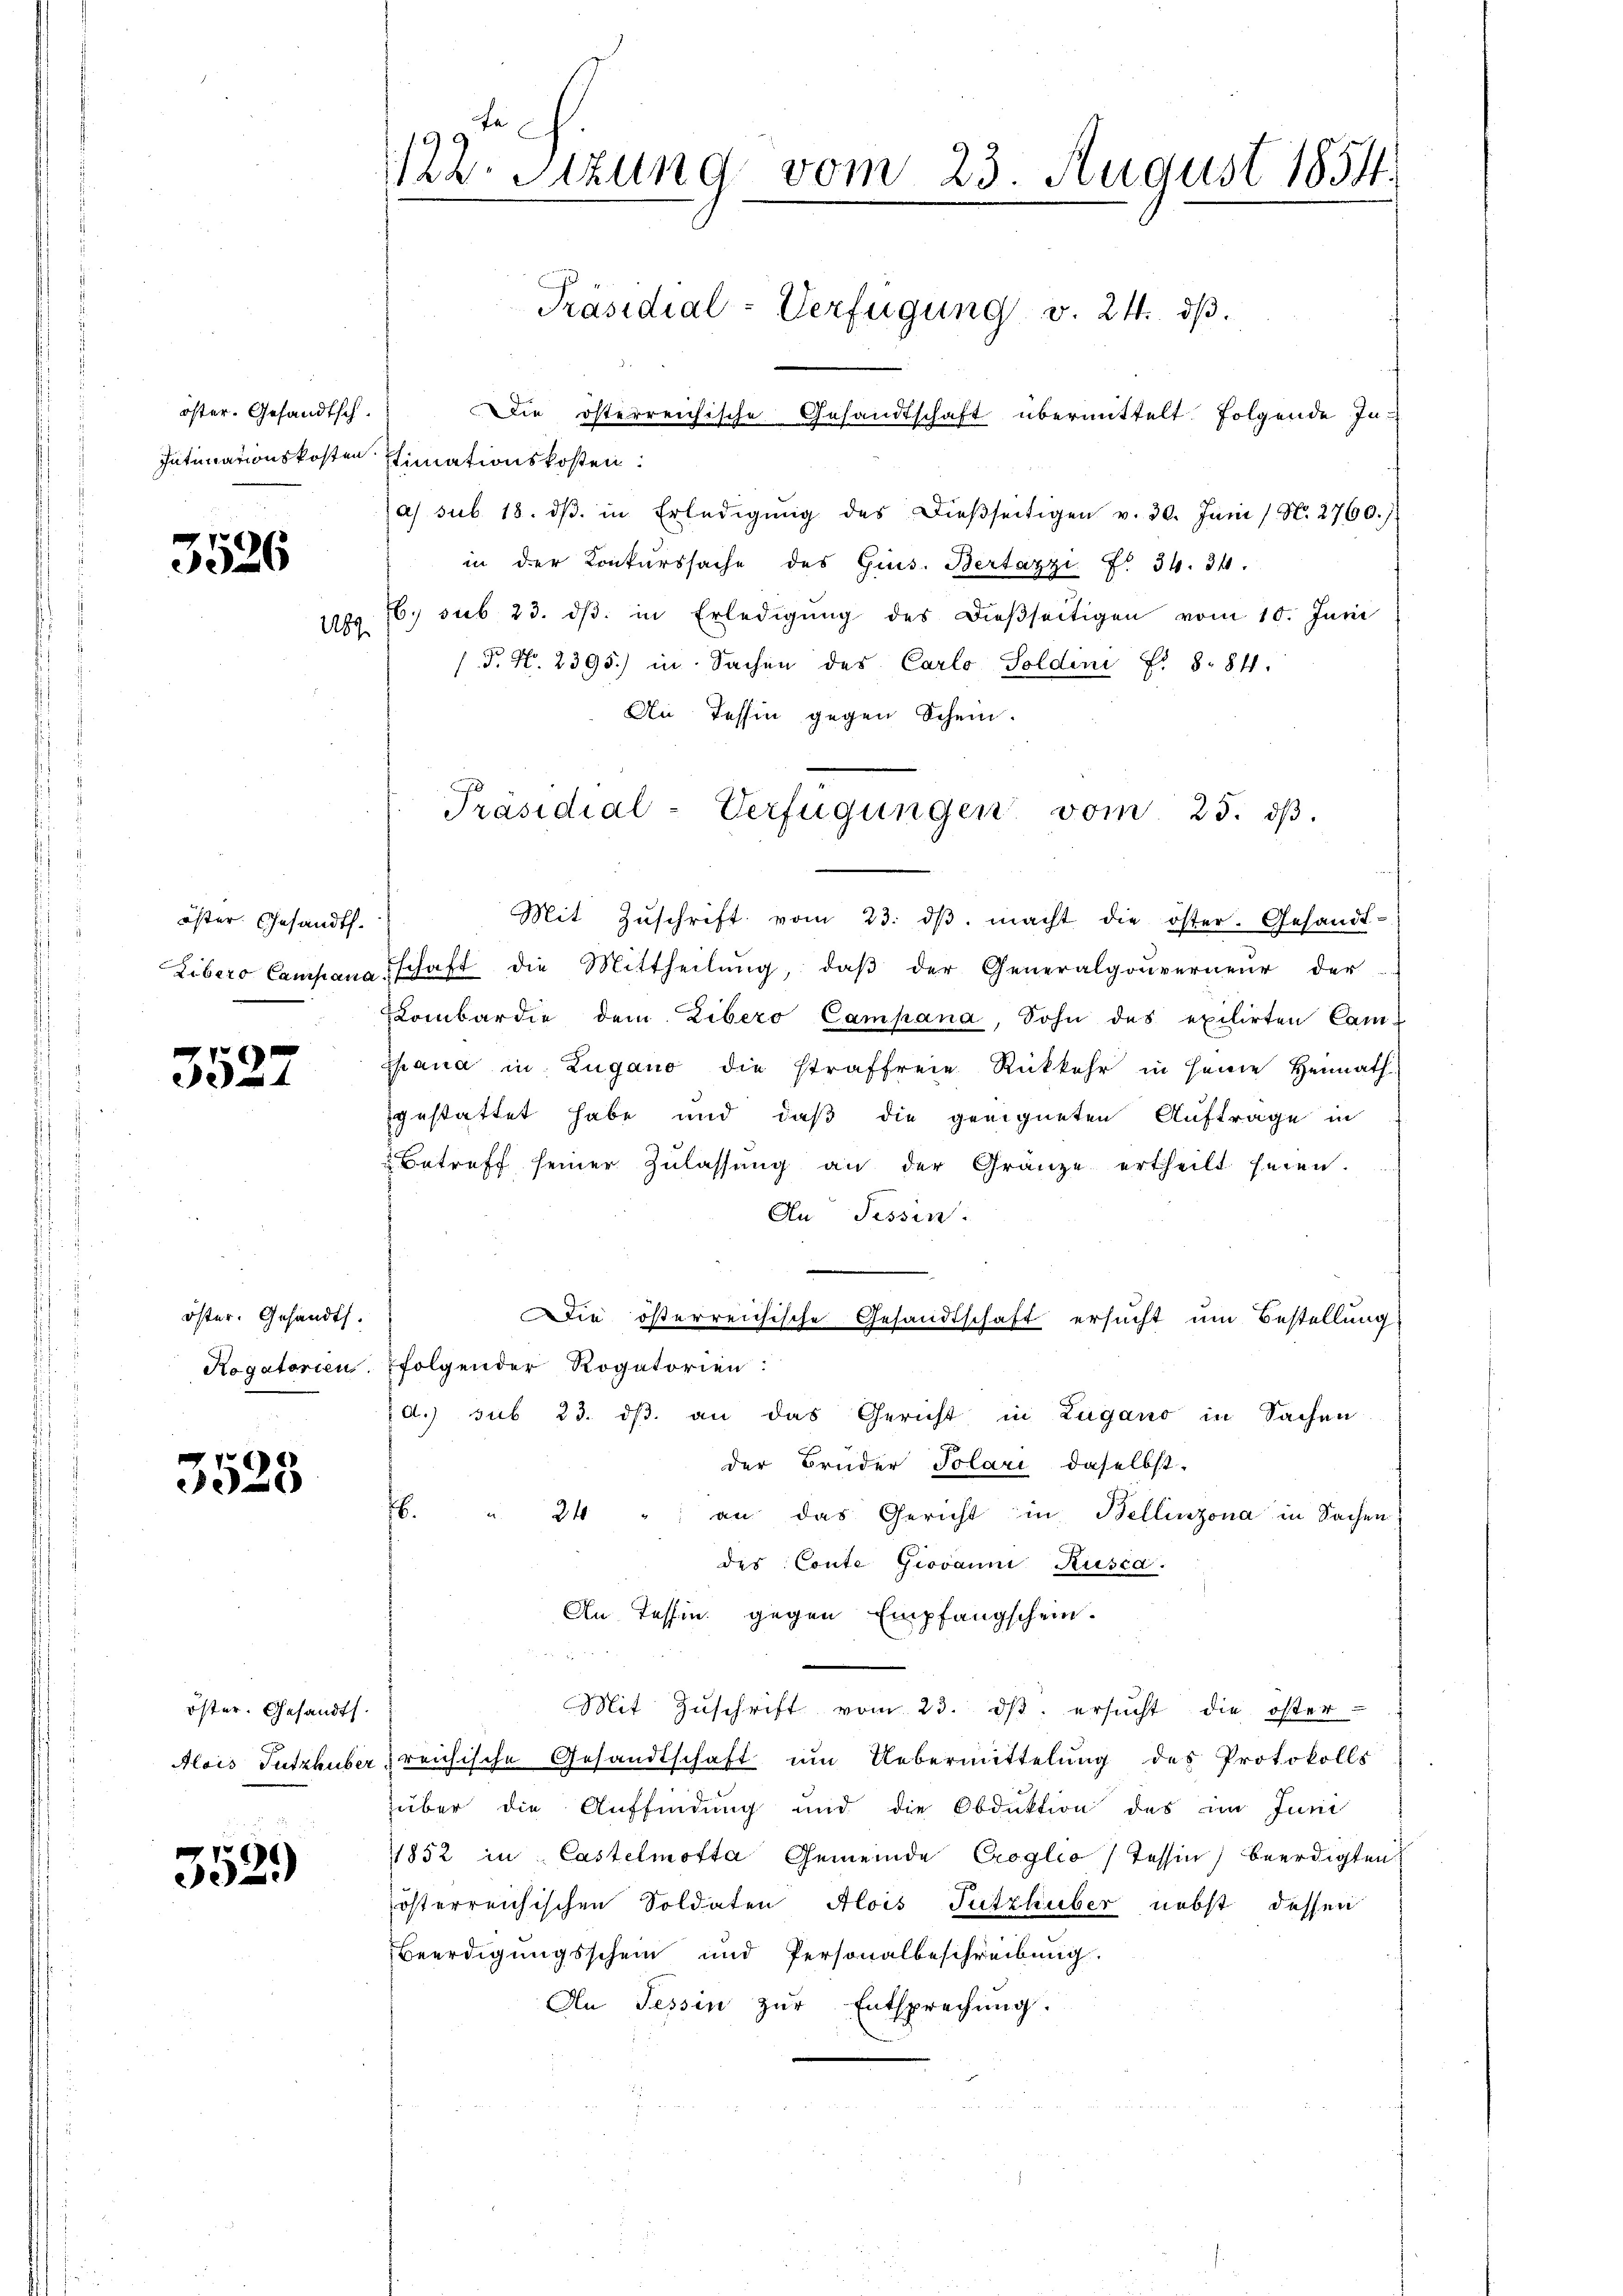
öster. Gesandtsch¬

3526

öster. Gesandt.

f
eat

öster. Gesandts.

x
e

öster. Gesandt.

3529

189

Intimationskosten stimationskosten.
a) sub. 18. dβ in Erledigŭng des Dieβseitigen v. 30. Juni / N. 2760.)
in der Konkurssache des Gins. Bertazzi Fr. 34. 34.
16. sub 23. dβ in Erledigung des dießseitigen vom 10. Juni
.P. N. 2395.) in Sachen des Carlo Soldini f. 8. 84.
An Tessin gegen Schein.
Mit Zŭschrift vom 23. dβ. macht die öster. Gesandt-
Libero Campana schaft die Mittheilŭng, daβ der Generalgouverneur der
Lombardie dem Libero Campana, Sohn des exilirten Cam-
ppana in Zugano die straffreie Rückkehr in seine Heimath
gestattet habe und daß die geeigneten Auftrage in
 Betreff seiner Zŭlassŭng an der Gränze ertheilt seien.
An Tessin.
Die österreichische Gesandtschaft ersucht um Bestellung
Rogatorien folgender Rogatorien:
d.) sub 23. dβ an das Gericht in Zugano in Sachen
der Bruder Polari daselbst.
.
24 " " an das Gericht in Bellinzona in Sachen
des Conte Giovanni Rusca.
An Tessin gegen Empfangschein.
Mit Zŭschrift vom 23. dβ ersŭcht die öster-
Alois Tutzhuber reichische Gesandtschaft um Uebermittelung des Protokolls
über die Auffindung und die Obduktion des im Juni
1852 in Castelmotta Gemeinde Croglio 7 Tessin, beerdigten
österreichischen Soldaten Alois Tutzhuber nebst dessen
Beerdigungsschein und Personalbeschreibung.
An Tessin zur Entsprechung.

122. Sitzung vom 23. August 1854.
Präsidial-Verfügung v. 24. dβ.
Die österreichische Gesandtschaft übermittelt folgende In-

Präsidial-Verfügungen vom 25. dβ.